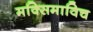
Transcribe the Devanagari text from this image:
मक्सिमाविच